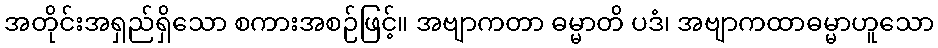
အတိုင်းအရှည်ရှိသော စကားအစဉ်ဖြင့်။ အဗျာကတာ ဓမ္မာတိ ပဒံ၊ အဗျာကထာဓမ္မာဟူသော